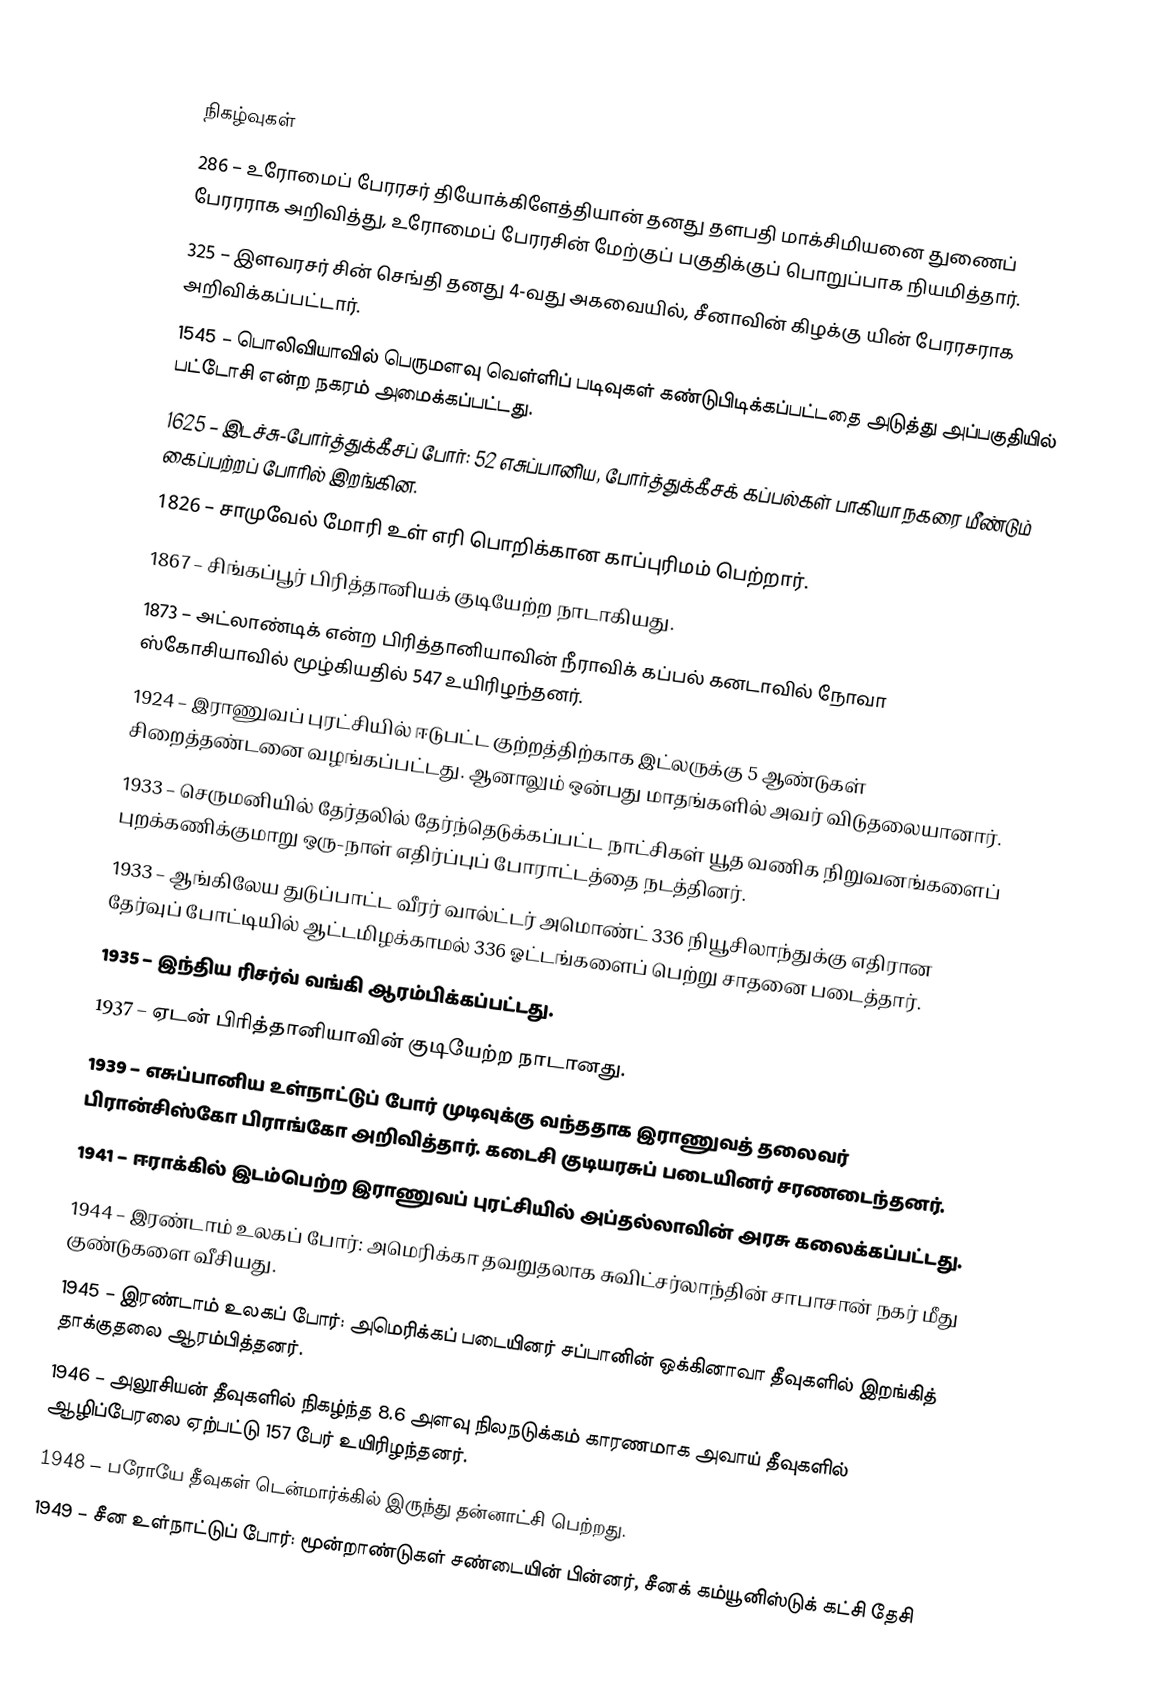

நிகழ்வுகள்
 286 – உரோமைப் பேரரசர் தியோக்கிளேத்தியான் தனது தளபதி மாக்சிமியனை துணைப் பேரரராக அறிவித்து, உரோமைப் பேரரசின் மேற்குப் பகுதிக்குப் பொறுப்பாக நியமித்தார்.
 325 – இளவரசர் சின் செங்தி தனது 4-வது அகவையில், சீனாவின் கிழக்கு யின் பேரரசராக அறிவிக்கப்பட்டார்.
1545 – பொலிவியாவில் பெருமளவு வெள்ளிப் படிவுகள் கண்டுபிடிக்கப்பட்டதை அடுத்து அப்பகுதியில் பட்டோசி என்ற நகரம் அமைக்கப்பட்டது.
1625 – இடச்சு-போர்த்துக்கீசப் போர்: 52 எசுப்பானிய, போர்த்துக்கீசக் கப்பல்கள் பாகியா நகரை மீண்டும் கைப்பற்றப் போரில் இறங்கின.
1826 – சாமுவேல் மோரி உள் எரி பொறிக்கான காப்புரிமம் பெற்றார்.
1867 – சிங்கப்பூர் பிரித்தானியக் குடியேற்ற நாடாகியது.
1873 – அட்லாண்டிக் என்ற பிரித்தானியாவின் நீராவிக் கப்பல் கனடாவில் நோவா ஸ்கோசியாவில் மூழ்கியதில் 547 உயிரிழந்தனர்.
1924 – இராணுவப் புரட்சியில் ஈடுபட்ட குற்றத்திற்காக இட்லருக்கு 5 ஆண்டுகள் சிறைத்தண்டனை வழங்கப்பட்டது. ஆனாலும் ஒன்பது மாதங்களில் அவர் விடுதலையானார்.
1933 – செருமனியில் தேர்தலில் தேர்ந்தெடுக்கப்பட்ட நாட்சிகள் யூத வணிக நிறுவனங்களைப் புறக்கணிக்குமாறு ஒரு-நாள் எதிர்ப்புப் போராட்டத்தை நடத்தினர்.
1933 – ஆங்கிலேய துடுப்பாட்ட வீரர் வால்ட்டர் அமொண்ட் 336 நியூசிலாந்துக்கு எதிரான தேர்வுப் போட்டியில் ஆட்டமிழக்காமல் 336 ஓட்டங்களைப் பெற்று சாதனை படைத்தார்.
1935 – இந்திய ரிசர்வ் வங்கி ஆரம்பிக்கப்பட்டது.
1937 – ஏடன் பிரித்தானியாவின் குடியேற்ற நாடானது.
1939 – எசுப்பானிய உள்நாட்டுப் போர் முடிவுக்கு வந்ததாக இராணுவத் தலைவர் பிரான்சிஸ்கோ பிராங்கோ அறிவித்தார். கடைசி குடியரசுப் படையினர் சரணடைந்தனர்.
1941 – ஈராக்கில் இடம்பெற்ற இராணுவப் புரட்சியில் அப்தல்லாவின் அரசு கலைக்கப்பட்டது.
1944 – இரண்டாம் உலகப் போர்: அமெரிக்கா தவறுதலாக சுவிட்சர்லாந்தின் சாபாசான் நகர் மீது குண்டுகளை வீசியது.
1945 – இரண்டாம் உலகப் போர்: அமெரிக்கப் படையினர் சப்பானின் ஒக்கினாவா தீவுகளில் இறங்கித் தாக்குதலை ஆரம்பித்தனர்.
1946 – அலூசியன் தீவுகளில் நிகழ்ந்த 8.6 அளவு நிலநடுக்கம் காரணமாக அவாய் தீவுகளில் ஆழிப்பேரலை ஏற்பட்டு 157 பேர் உயிரிழந்தனர்.
1948 – பரோயே தீவுகள் டென்மார்க்கில் இருந்து தன்னாட்சி பெற்றது.
1949 – சீன உள்நாட்டுப் போர்: மூன்றாண்டுகள் சண்டையின் பின்னர், சீனக் கம்யூனிஸ்டுக் கட்சி தேசி